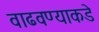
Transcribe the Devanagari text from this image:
वाढवण्याकडे